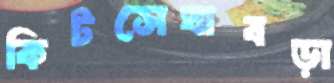
কিটসেঘাবড়া